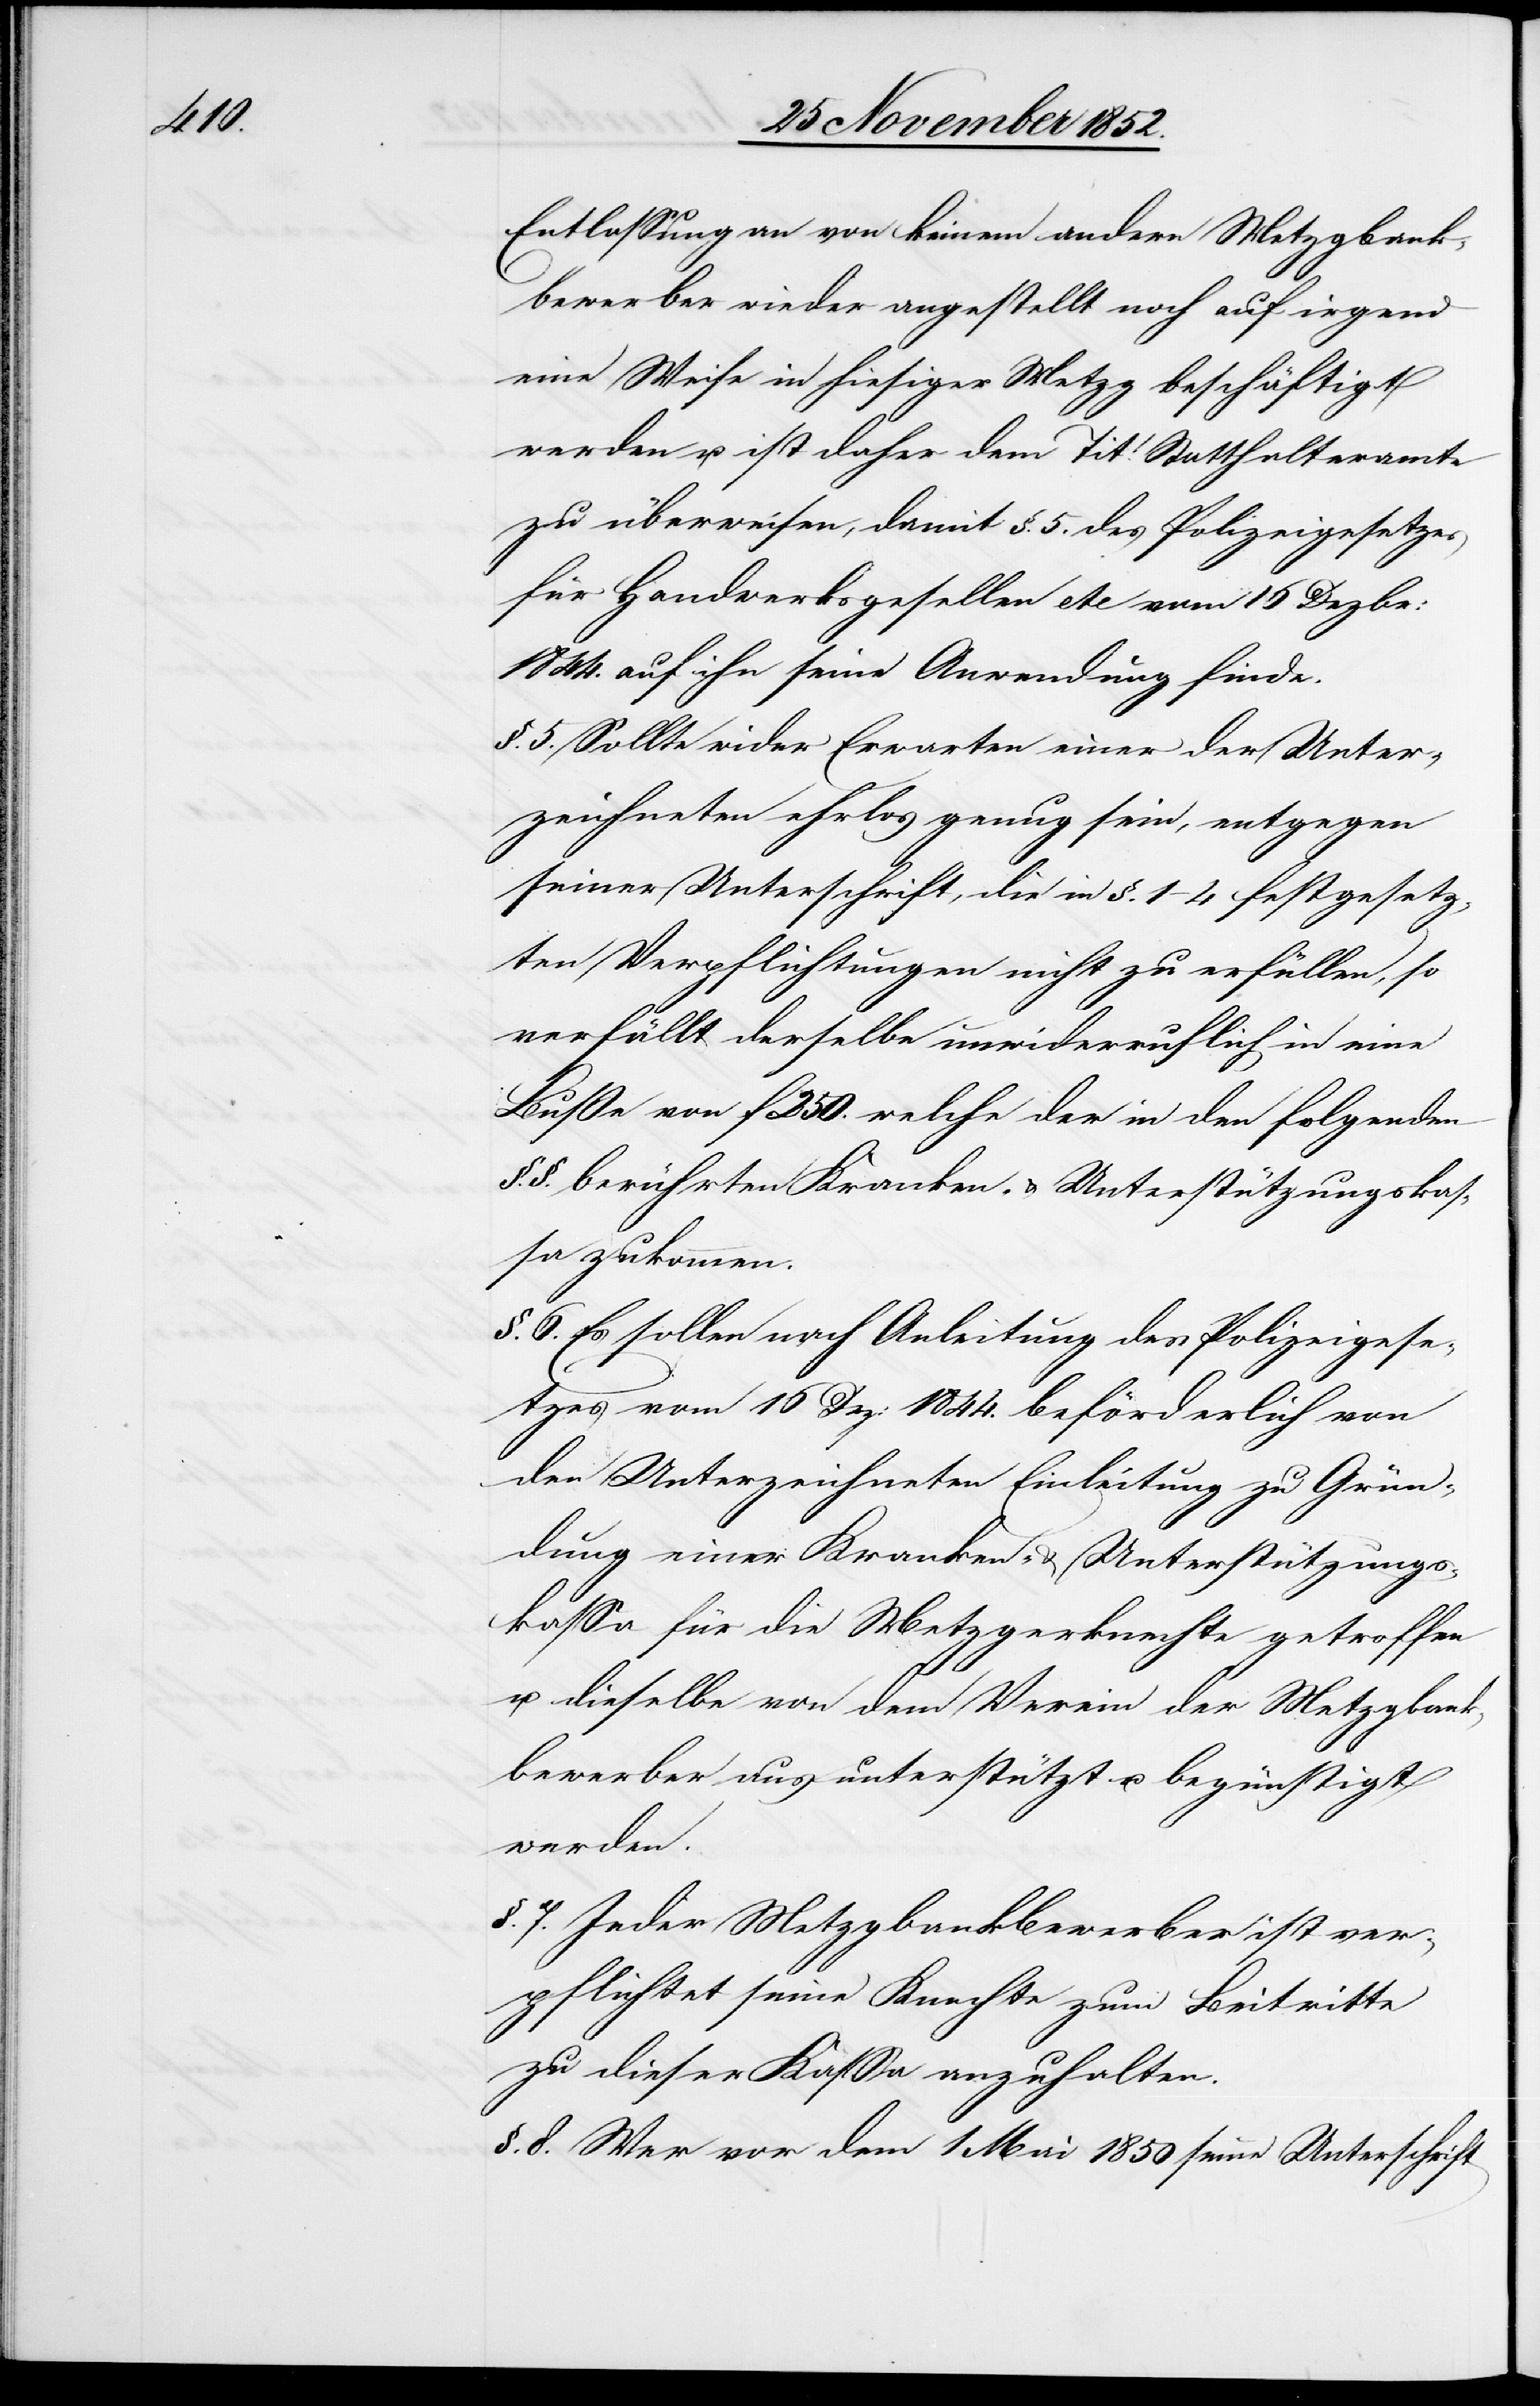
Entlassung an von keinem andern Metzgbank¬
bewerber wieder angestellt noch auf irgend
eine Weise in hiesiger Metzg beschäftigt
werden u. ist daher dem Tit: Statthalteramte
zu überweisen, damit §. 5. des Polizeigesetzes
für Handwerksgesellen etc vom 16 Dezbr:
1844. auf ihn seine Anwendung finde.
§. 5. Sollte wider Erwarten einer der Unter¬
zeichneten ehrlos genug sein, entgegen
seiner Unterschrift, die in §. 1–4 festgesetz¬
ten Verpflichtungen nicht zu erfüllen, so
verfällt derselbe unwiderruflich in eine
Buße von f 250. welche der in den folgenden
§.§. berührten Kranken- & Unterstützungskas¬
sa zukommen.
§. 6. Es sollen nach Anleitung des Polizeigese¬
tzes vom 16 Dez: 1844. beförderlich von
den Unterzeichneten Einleitung zu Grün¬
dung einer Kranken- & Unterstützungs¬
kassa für die Metzgerknechte getroffen
u. dieselbe von dem Verein der Metzgbank¬
bewerber aus unterstützt u. begünstigt
werden.
§. 7. Jeder Metzgbankbewerber ist ver¬
pflichtet seine Knechte zum Beitritte
zu dieser Kassa anzuhalten.
§. 8. Wer vor dem 1 Mai 1850 seine Unterschrift